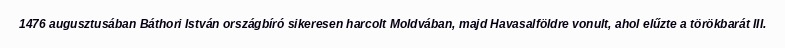
1476 augusztusában Báthori István országbíró sikeresen harcolt Moldvában, majd Havasalföldre vonult, ahol elűzte a törökbarát III.